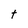
Character: t